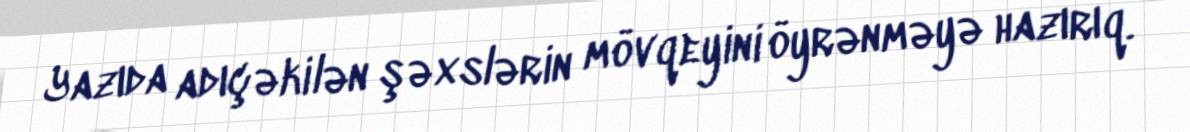
Yazıda adıçəkilən şəxslərin mövqeyini öyrənməyə hazırıq.